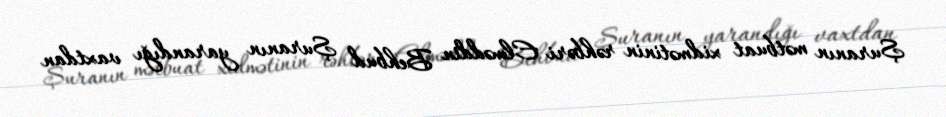
Şuranın mətbuat xidmətinin rəhbəri Elməddin Behbud Şuranın yarandığı vaxtdan